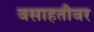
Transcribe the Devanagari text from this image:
वसाहतीवर